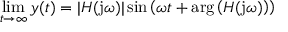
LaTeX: \operatorname* { l i m } _ { t \to \infty } y ( t ) = | H ( \mathrm { j } \omega ) | \sin \left( \omega t + \arg \left( H ( \mathrm { j } \omega ) \right) \right)